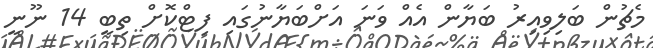
މެޗުން ބަލިވިއިރު ބަޔާން އެއް ވަނަ އަށްބަޔާނުގައި ފިޓްކޮށް ތިބީ 14 ނޫނީ